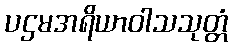
ပဌမအရိယာဝါသသုတ္တံ